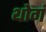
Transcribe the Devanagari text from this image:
थोगं